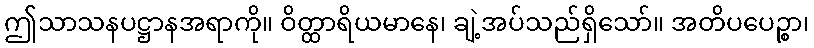
ဤသာသနပဋ္ဌာနအရာကို။ ဝိတ္ထာရိယမာနေ၊ ချဲ့အပ်သည်ရှိသော်။ အတိပပေဉ္စာ၊